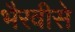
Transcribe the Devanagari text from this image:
भैरवीसे